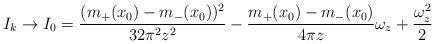
LaTeX: \begin{align*}I_k\rightarrow I_0=\frac{(m_+(x_0)-m_-(x_0))^2}{32\pi^2z^2}-\frac{m_+(x_0)-m_-(x_0)}{4\pi z}\omega_z+\frac{\omega_z^2}{2}\end{align*}